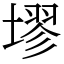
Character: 𪤗